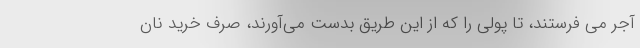
آجر می فرستند، تا پولی را که از این طریق بدست می‌آورند، صرف خرید نان